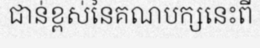
ជាន់ខ្ពស់នៃគណបក្សនេះពី